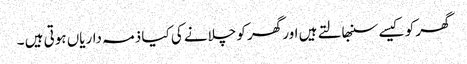
گھر کو کیسے سنبھالتے ہیں اور گھر کو چلانے کی کیا ذمہ داریاں ہوتی ہیں ۔